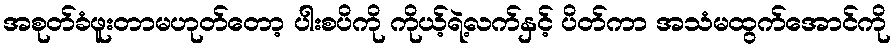
အစုတ်ခံဖူးတာမဟုတ်တော့ ပါးစပိကို ကိုယ့်ရဲ့လက်နှင့် ပိတ်ကာ အသံမထွက်အောင်ကို